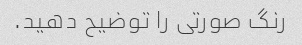
رنگ صورتی را توضیح دهید.